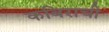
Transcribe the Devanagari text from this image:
कबिराची